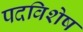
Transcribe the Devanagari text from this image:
पदविशेष